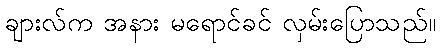
ချားလ်က အနား မရောင်ခင် လှမ်းပြောသည်။